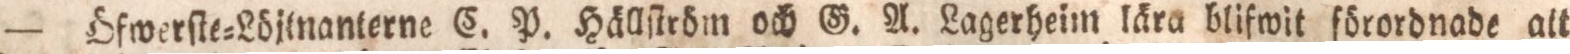
— öfwerſte=Löjlnanterne C. P. Hällſtröm och G. A. Lagerheim lära blifwit förordnade alt